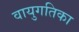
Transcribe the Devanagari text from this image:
वायुगतिका